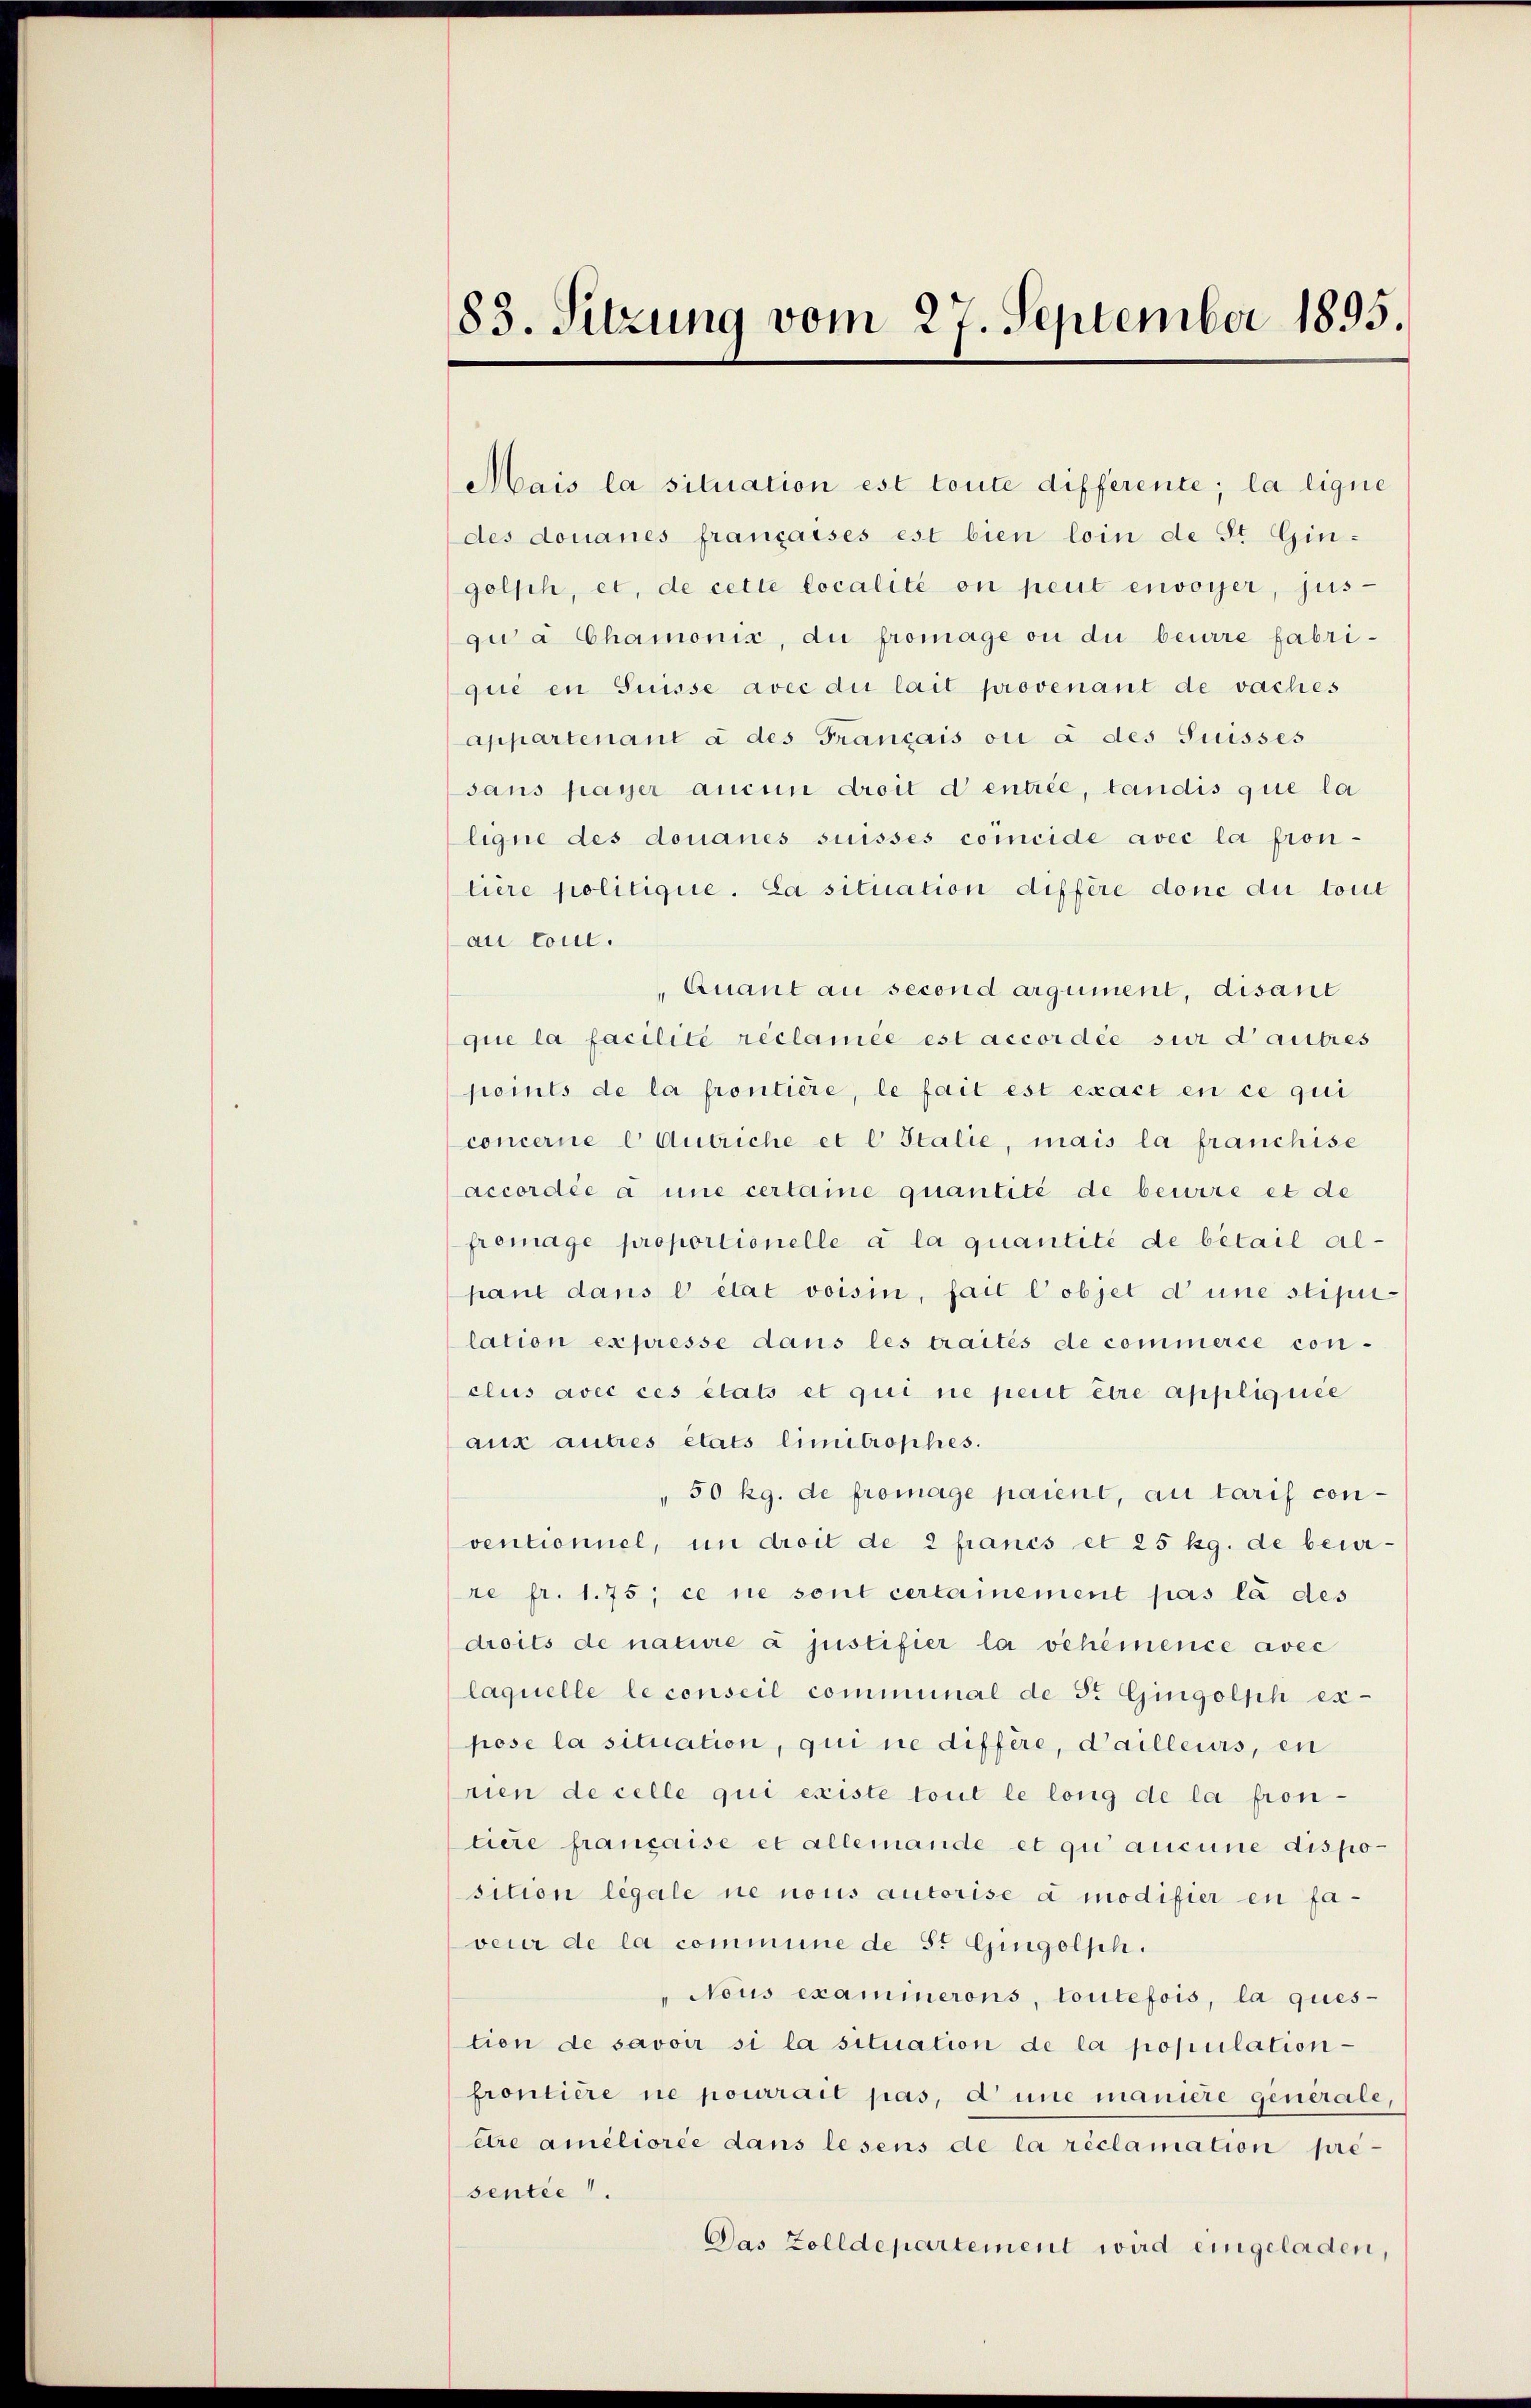
83. Sitzung vom 27. September 1895.

Mais la situation est toute differente; la ligne
des donanes françaises est bien loin de St. Gingolph, et, de cette localité on peut envoyer, jus-
gu à Chamonix, du fromage ou die beirre fabriqué en Suisse avec die lait provenant de vaches
appartenant à des Français ou à des Suisses
sans payer aucun droit d entrée, tandis que la
ligne des donanes suisses comeide avec la fron-
liere politique. La situation differe donc die tout
au cout.
Quant au second argument, disant
que la facilité réclamée est accordée sur d’autres
points de la frontiere, le fait est exact en ce qui
concerne l Antriche et l Italie, mais la franchise
accordée à une certaine quantité de beuire et de
fromage proportionelle a la quantité de betail alpant dans e état voisin, fait l’objet d’une stipulation expresse dans les traités de commerce con-
clus avec ces états et qui ne perit être appliquée
aux autres états limitrophes.
50 kg. de fromage paient, au tarif conventionnel, in droit de 2 francs et 25 kg. de beurre fr. 175; ce ne sont certainement pas la des
droits de nature à justifier la vehémence avec
laquelle le conseil communal de sr. Gingolph expose la situation, qui ne differe, d’ailleurs, en
rien de celle qui existe tout le long de la frontiere française et allemande et qui aucune dispo-
sition légale ne nous autorise à modifier en fa-
veur de la commine de St Gingolsh.
" Nous examinerons, toutefois, la ques-
tion de savoir si la situation de la population
frontière ne pourrait pas, d’une maniere generale,
etre améliorée dans lesens de la réclamation pre-
sentie.
Das Zolldepartement wird eingeladen,